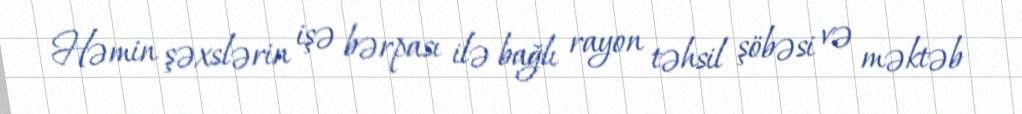
Həmin şəxslərin işə bərpası ilə bağlı rayon təhsil şöbəsi və məktəb